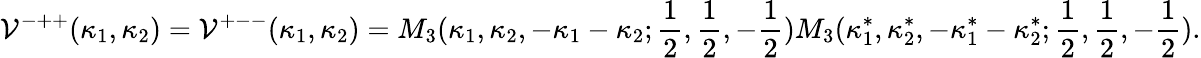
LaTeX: \mathcal{V}^{-++}(\kappa_{1},\kappa_{2})=\mathcal{V}^{+--}(\kappa_{1},\kappa_{2})=M_{3}(\kappa_{1},\kappa_{2},-\kappa_{1}-\kappa_{2};\frac{1}{2},\frac{1}{2},-\frac{1}{2})M_{3}(\kappa_{1}^{*},\kappa_{2}^{*},-\kappa_{1}^{*}-\kappa_{2}^{*};\frac{1}{2},\frac{1}{2},-\frac{1}{2}).